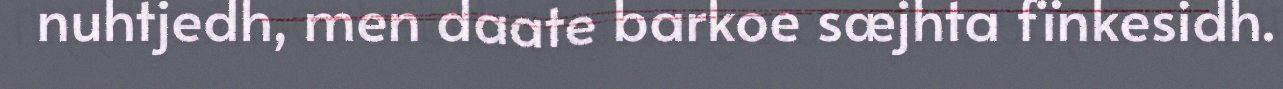
nuhtjedh, men daate barkoe sæjhta fïnkesidh.